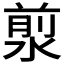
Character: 𣹅